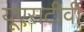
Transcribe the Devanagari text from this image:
यूएसटीवी